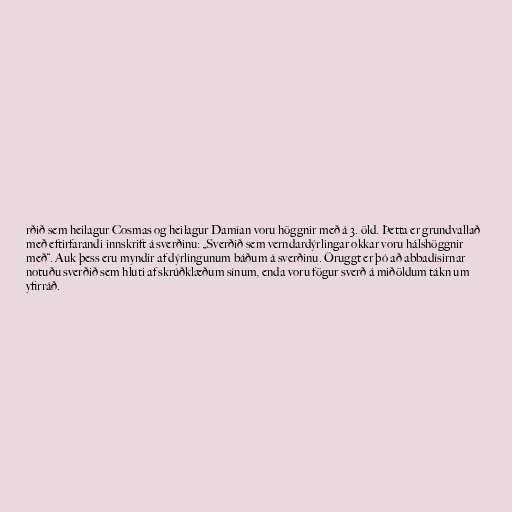
rðið sem heilagur Cosmas og heilagur Damían voru höggnir með á 3. öld. Þetta er grundvallað
með eftirfarandi innskrift á sverðinu: „Sverðið sem verndardýrlingar okkar voru hálshöggnir
með“. Auk þess eru myndir af dýrlingunum báðum á sverðinu. Öruggt er þó að abbadísirnar
notuðu sverðið sem hluti af skrúðklæðum sínum, enda voru fögur sverð á miðöldum tákn um
yfirráð.